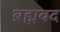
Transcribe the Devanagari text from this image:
ब्रह्मवद